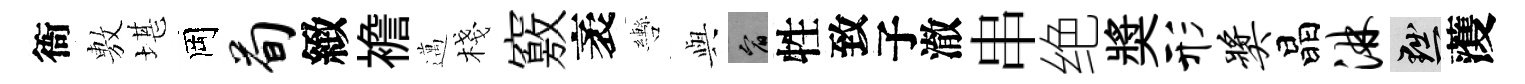
衙𢾾堪岡荀緻襜邁棧竅袤轡𫤰宥牲致子澈串绝奬形奖晶淋黜𮑮